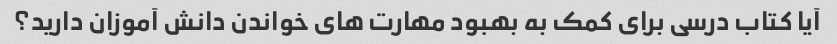
آیا کتاب درسی برای کمک به بهبود مهارت های خواندن دانش آموزان دارید؟